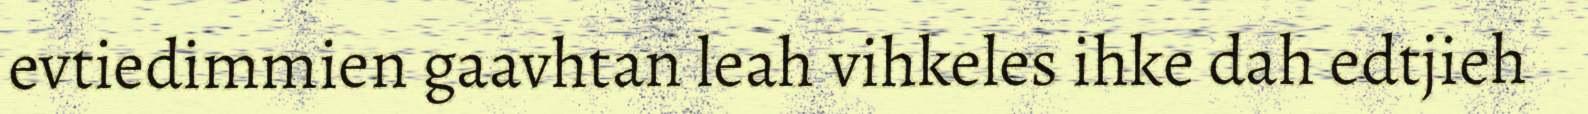
evtiedimmien gaavhtan leah vihkeles ihke dah edtjieh